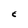
Character: E